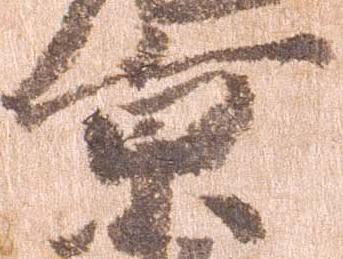
京